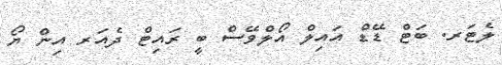
ލެޓަރ. ބަޓް ޑޭޑް އައިލް އޯލްވޭސް ބީ ރައިޓް ދެއަރ އިން ޔޯ